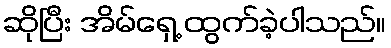
ဆိုပြီး အိမ်ရှေ့ ထွက်ခဲ့ပါသည်။